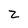
Character: z